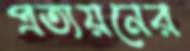
প্রত্যয়নের